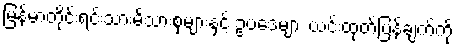
မြန်မာတိုင်းရင်းသားမိသားစုများနှင့် ဥပဒေများ ယင်းထုတ်ပြန်ချက်ကို